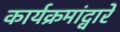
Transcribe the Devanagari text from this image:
कार्यक्रमांद्वारे